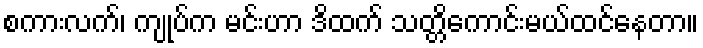
စကားလက်၊ ကျုပ်က မင်းဟာ ဒိထက် သတ္တိကောင်းမယ်ထင်နေတာ။